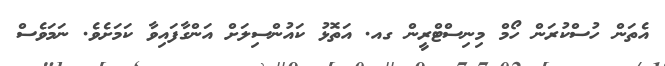
އެތަން ހުސްކުރަން ހޯމް މިނިސްޓްރީން ގއ. އަތޮޅު ކައުންސިލަށް އަންގާފައިވާ ކަމަށެވެ. ނަމަވެސް